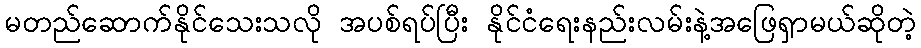
မတည်ဆောက်နိုင်သေးသလို အပစ်ရပ်ပြီး နိုင်ငံရေးနည်းလမ်းနဲ့အဖြေရှာမယ်ဆိုတဲ့